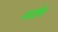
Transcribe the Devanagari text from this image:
मर्यम